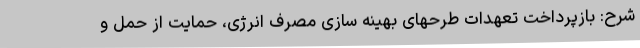
شرح: بازپرداخت تعهدات طرحهای بهینه سازی مصرف انرژی، حمایت از حمل و